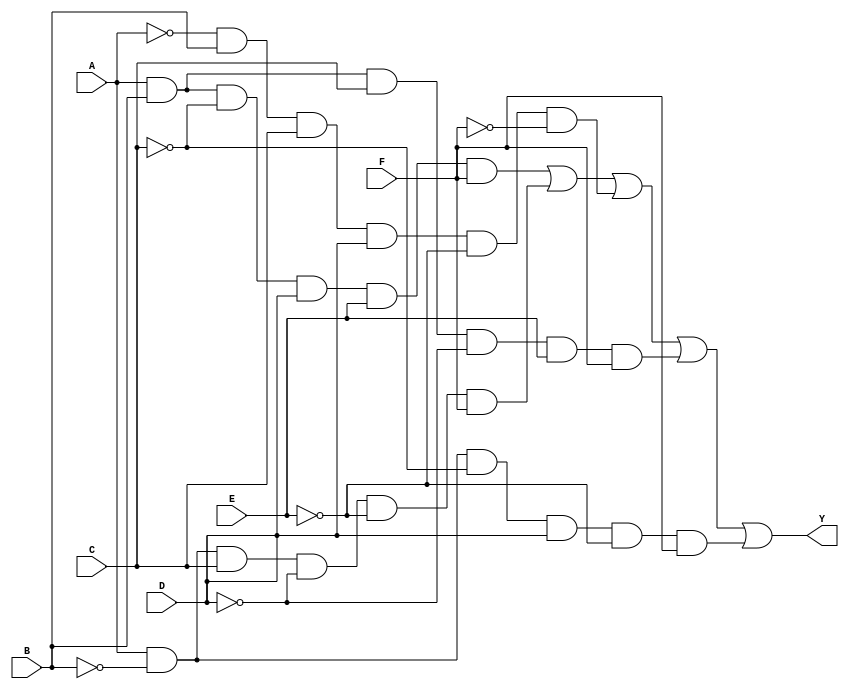
module six_variable_kmap (
    input wire A, // Input variable A
    input wire B, // Input variable B
    input wire C, // Input variable C
    input wire D, // Input variable D
    input wire E, // Input variable E
    input wire F, // Input variable F
    output wire Y // Output of the combinational logic block
);

// Simplified boolean expression derived from K-map
// Replace the following expression with the actual derived expression
assign Y = (A & B & ~C & D & E & F) | // Example minterm
           (A & ~B & C & ~D & ~E & F) | // Example minterm
           (~A & B & C & D & ~E & ~F) | // Example minterm
           (A & B & C & ~D & E & F) | // Example minterm
           (A & ~B & ~C & D & ~E & F); // Example minterm

endmodule